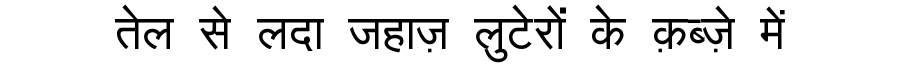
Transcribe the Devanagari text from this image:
तेल से लदा जहाज़ लुटेरों के क़ब्ज़े में